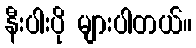
နီးပါးပို များပါတယ်။